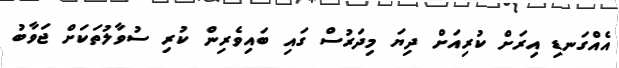
އެއްގަނޑި އިރަށް ކުރިއަށް ދިޔަ މިދަރުސް ގައި ބައިވެރިން ކުރި ސުވާލުތަކަށް ޖަވާބު